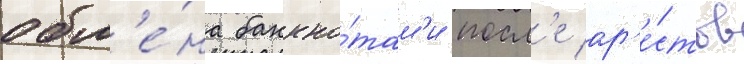
обм'е́на банкно́там'и посл'е ар'е́стов